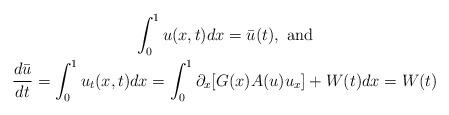
LaTeX: \begin{gather*}\int_0^1 u(x,t)dx=\bar u(t), \mbox{ and}\\\frac{d\bar u}{dt}=\int_0^1 u_t(x,t)dx=\int_0^1 \partial_x [G(x)A(u)u_x]+W(t)dx=W(t)\end{gather*}